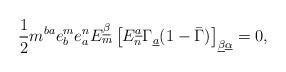
LaTeX: \begin{align*}{1\over 2}m^{ba}e_b^me^n_aE_m^{\underline\beta}\left[E_n^{\underline a}\Gamma_{\underline a}(1-\bar\Gamma)\right]_{\underline\beta\underline\alpha}=0,\end{align*}